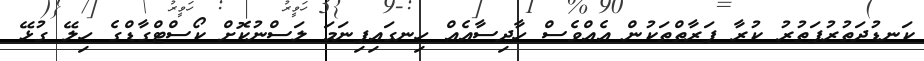
ކަނޑުދަތުރުފަތުރު ކުރާ ފަރާތްތަކުން އެއްވެސް ހާދިސާއެއް ހިނގައިފިނަމަ ލަސްނުކޮށް ކޯސްޓްގާޑްގެ ހިލޭ ގުޅޭ